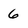
Character: 6